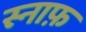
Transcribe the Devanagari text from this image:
स्नाफ़